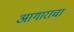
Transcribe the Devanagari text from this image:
आगाराचा